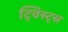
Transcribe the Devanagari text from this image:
ट्विस्ट्स